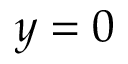
y = 0